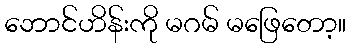
ဘောင်ဟိန်းကို မဂမ် မဖြေတော့။